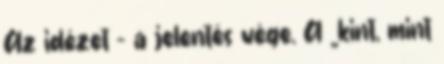
Az idézet – a jelentés vége. A „kint, mint